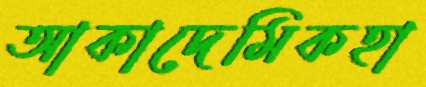
আকাদেমিকহা